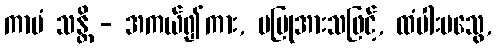
ကာမံ သန္တိ - အကယ်၍ကား, မပြုအားသဖြင့်, ထံပါးမသွေ,